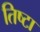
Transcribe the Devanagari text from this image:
तिष्टा